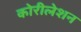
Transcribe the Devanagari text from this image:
कोरीलेशन